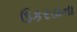
ઉકરડાના